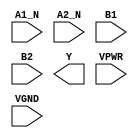
module sky130_fd_sc_hs__o2bb2ai (
    //# {{data|Data Signals}}
    input  A1_N,
    input  A2_N,
    input  B1  ,
    input  B2  ,
    output Y   ,

    //# {{power|Power}}
    input  VPWR,
    input  VGND
);
endmodule